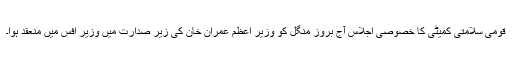
قومی سلامتی کمیٹی کا خصوصی اجلاس آج بروز منگل کو وزیر اعظم عمران خان کی زیر صدارت میں وزیر آفس میں منعقد ہوا۔